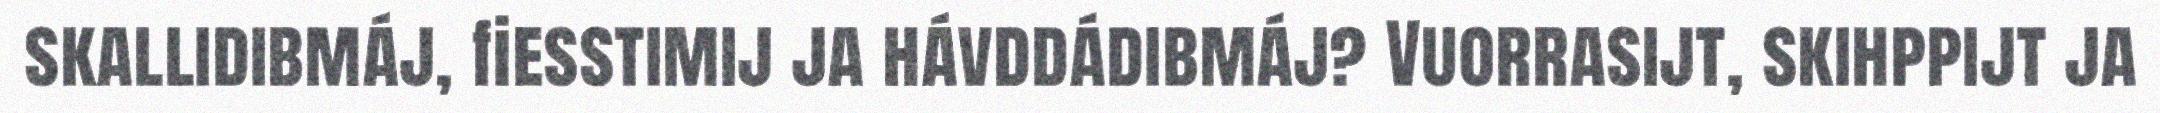
skallidibmáj, fiesstimij ja hávddádibmáj? Vuorrasijt, skihppijt ja